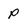
Character: P